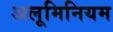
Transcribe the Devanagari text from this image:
अलूमिनियम